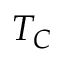
T _ { C }